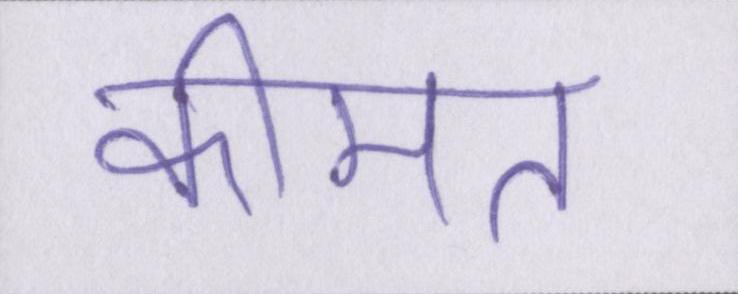
कीमत